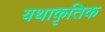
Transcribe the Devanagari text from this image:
यथाकृतिक